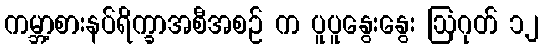
ကမ္ဘာ့စားနပ်ရိက္ခာအစီအစဉ် က ပူပူနွေးနွေး ဩဂုတ် ၁၂